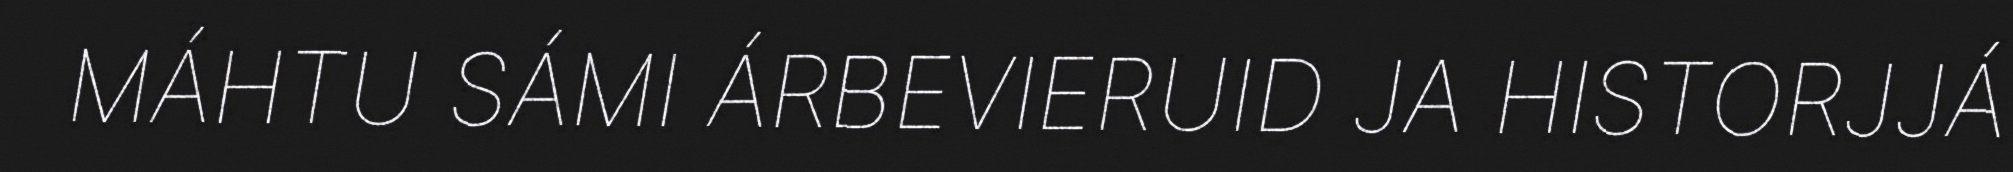
MÁHTU SÁMI ÁRBEVIERUID JA HISTORJJÁ